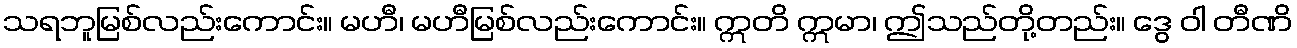
သရဘူမြစ်လည်းကောင်း။ မဟီ၊ မဟီမြစ်လည်းကောင်း။ ဣတိ ဣမာ၊ ဤသည်တို့တည်း။ ဒွေ ဝါ တီဏိ